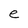
Character: e